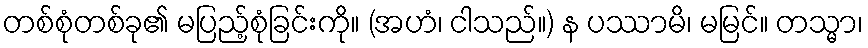
တစ်စုံတစ်ခု၏ မပြည့်စုံခြင်းကို။ (အဟံ၊ ငါသည်။) န ပဿာမိ၊ မမြင်။ တသ္မာ၊